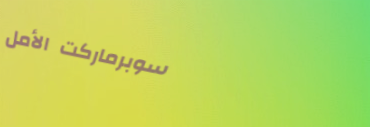
سوبرماركت الأمل